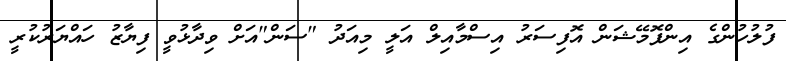
ފުލުހުންގެ އިންފޮމޭޝަން އޮފިސަރު އިސްމާއިލް އަލީ މިއަދު "ސަން"އަށް ވިދާޅުވީ ފިޔާޒު ހައްޔަރުކުރީ